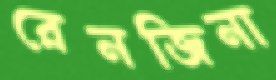
রেনজিনা